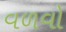
વળવો